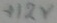
Text: +12V